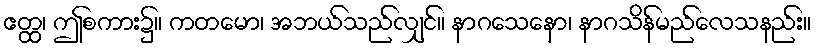
ဧတ္ထ၊ ဤစကား၌။ ကတမော၊ အဘယ်သည်လျှင်။ နာဂသေနော၊ နာဂသိန်မည်လေသနည်း။